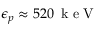
\epsilon _ { p } \approx 5 2 0 \, \mathrm { ~ k ~ e ~ V ~ }